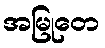
အမြုတေ